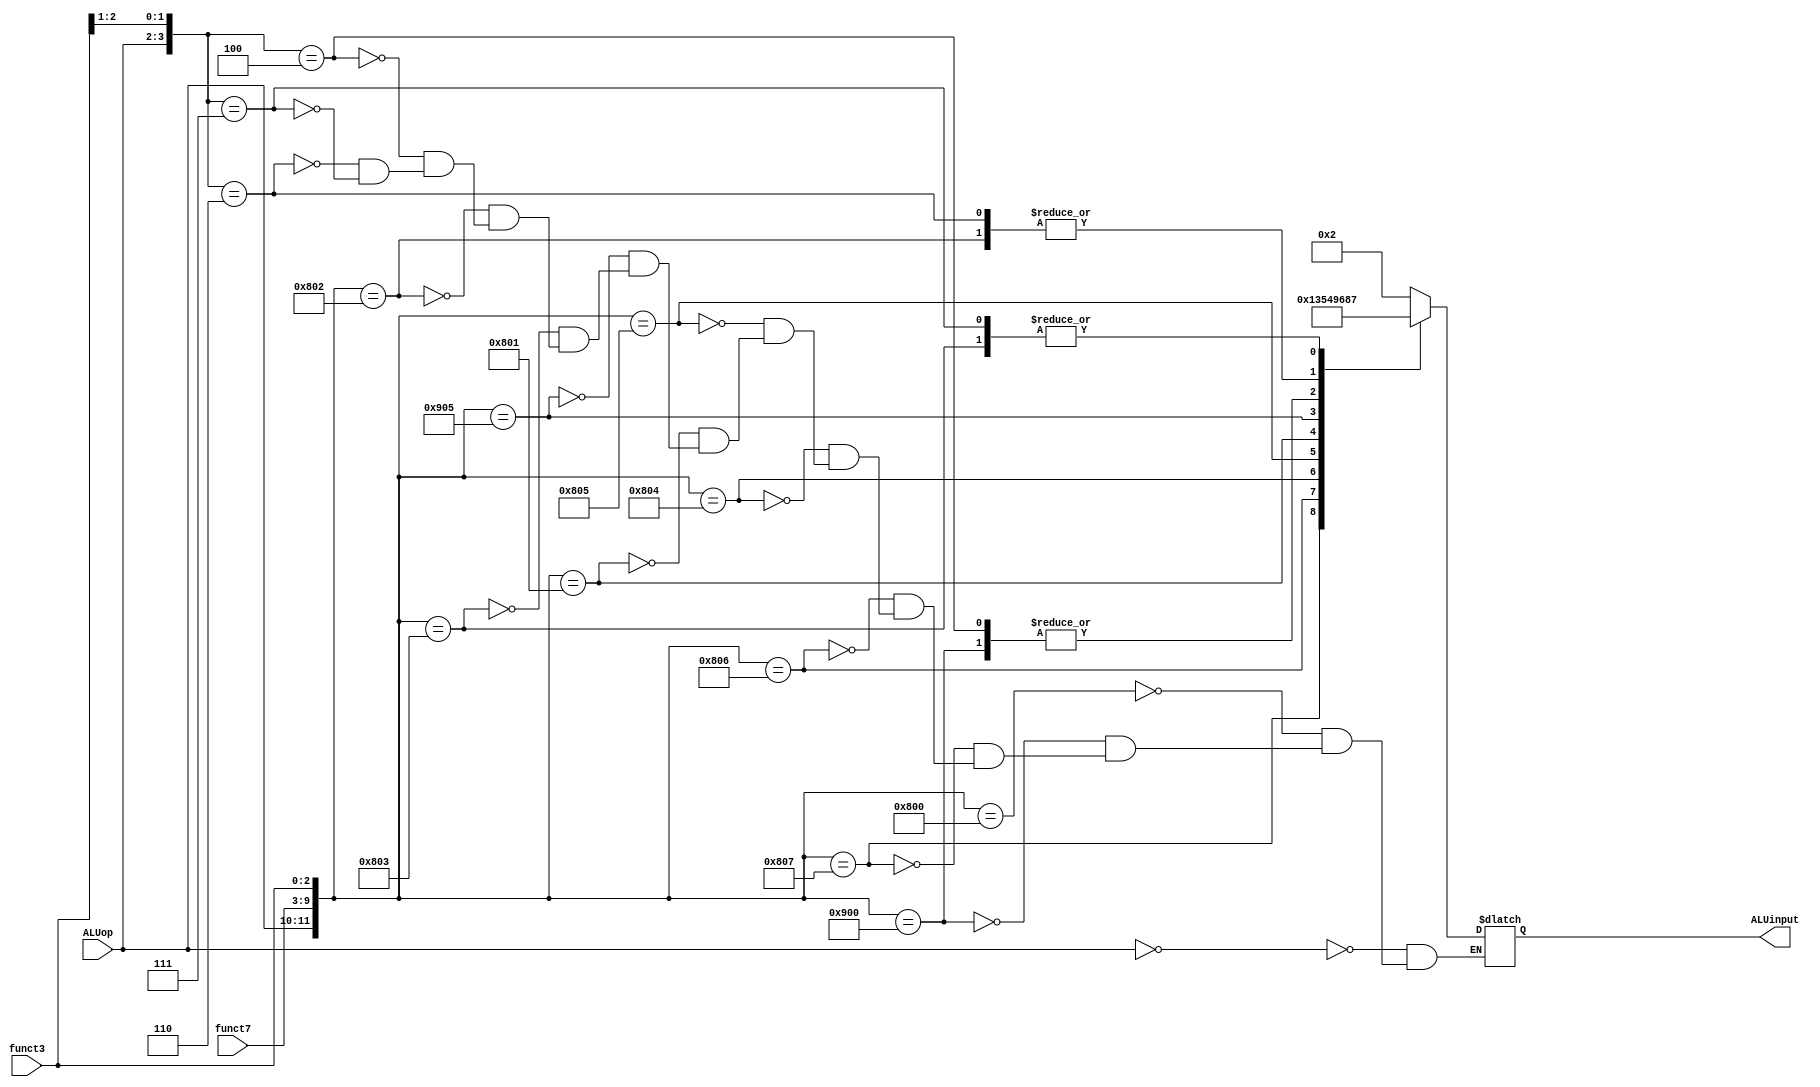
`timescale 1ns / 1ps

module ALUcontrol(ALUop, funct7, funct3, ALUinput);

input [1:0] ALUop;
input [6:0] funct7;
input [2:0] funct3;
output reg [3:0] ALUinput;
//aluop -- fig 4   funct7,3 carte   dreapta tabel
always@(ALUop, funct7, funct3) begin
    casex({ALUop, funct7, funct3})
      12'b00xxxxxxxxxx: ALUinput = 4'b0010; //ld,sd
      12'b100000000000: ALUinput = 4'b0010; //add
      12'b100100000000: ALUinput = 4'b0110; //sub
      12'b100000000111: ALUinput = 4'b0000; //and
      12'b100000000110: ALUinput = 4'b0001; //or
      12'b100000000100: ALUinput = 4'b0011; //xor 
      12'b100000000101: ALUinput = 4'b0101; //srl,srli
      12'b100000000001: ALUinput = 4'b0100; //sll,slli
      12'b100100000101: ALUinput = 4'b1001; //sra,srai
      12'b100000000011: ALUinput = 4'b0111; //sltu
      12'b100000000010: ALUinput = 4'b1000; //slt
      12'b01xxxxxxx00x: ALUinput = 4'b0110; //beq,bne
      12'b01xxxxxxx10x: ALUinput = 4'b1000; //blt,bge
      12'b01xxxxxxx11x: ALUinput = 4'b0111; //bltu,bgeu
    endcase
 end
endmodule